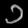
Digit: ၁